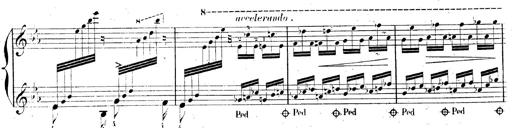
Title: AnnÃ©es de pÃ¨lerinage II, SupplÃ©ment
Composer: Franz Liszt